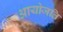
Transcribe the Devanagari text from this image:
आयोजति